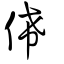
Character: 俙